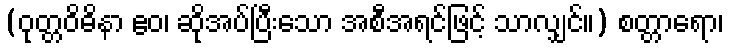
(ဝုတ္တဝိဓိနာ ဧဝ၊ ဆိုအပ်ပြီးသော အစီအရင်ဖြင့် သာလျှင်။) စတ္တာရော၊